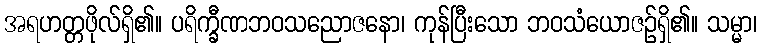
အရဟတ္တဖိုလ်ရှိ၏။ ပရိက္ခီဏဘဝသညောဇနော၊ ကုန်ပြီးသော ဘဝသံယောဇဉ်ရှိ၏။ သမ္မာ၊